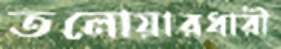
তলোয়ারধারী